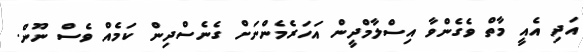
އަދި އެއީ މާތް ވެގެންވާ އިސްލާމްދީން އަހަރެމެންނަށް ގެނެސްދިން ކަމެއް ވެސް ނޫން.